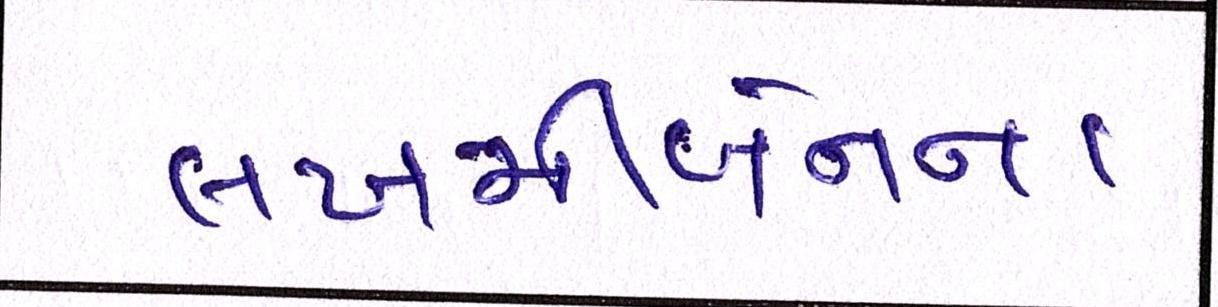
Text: લખમીબેનના